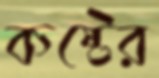
কষ্টের